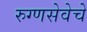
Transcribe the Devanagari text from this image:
रुग्णसेवेचे